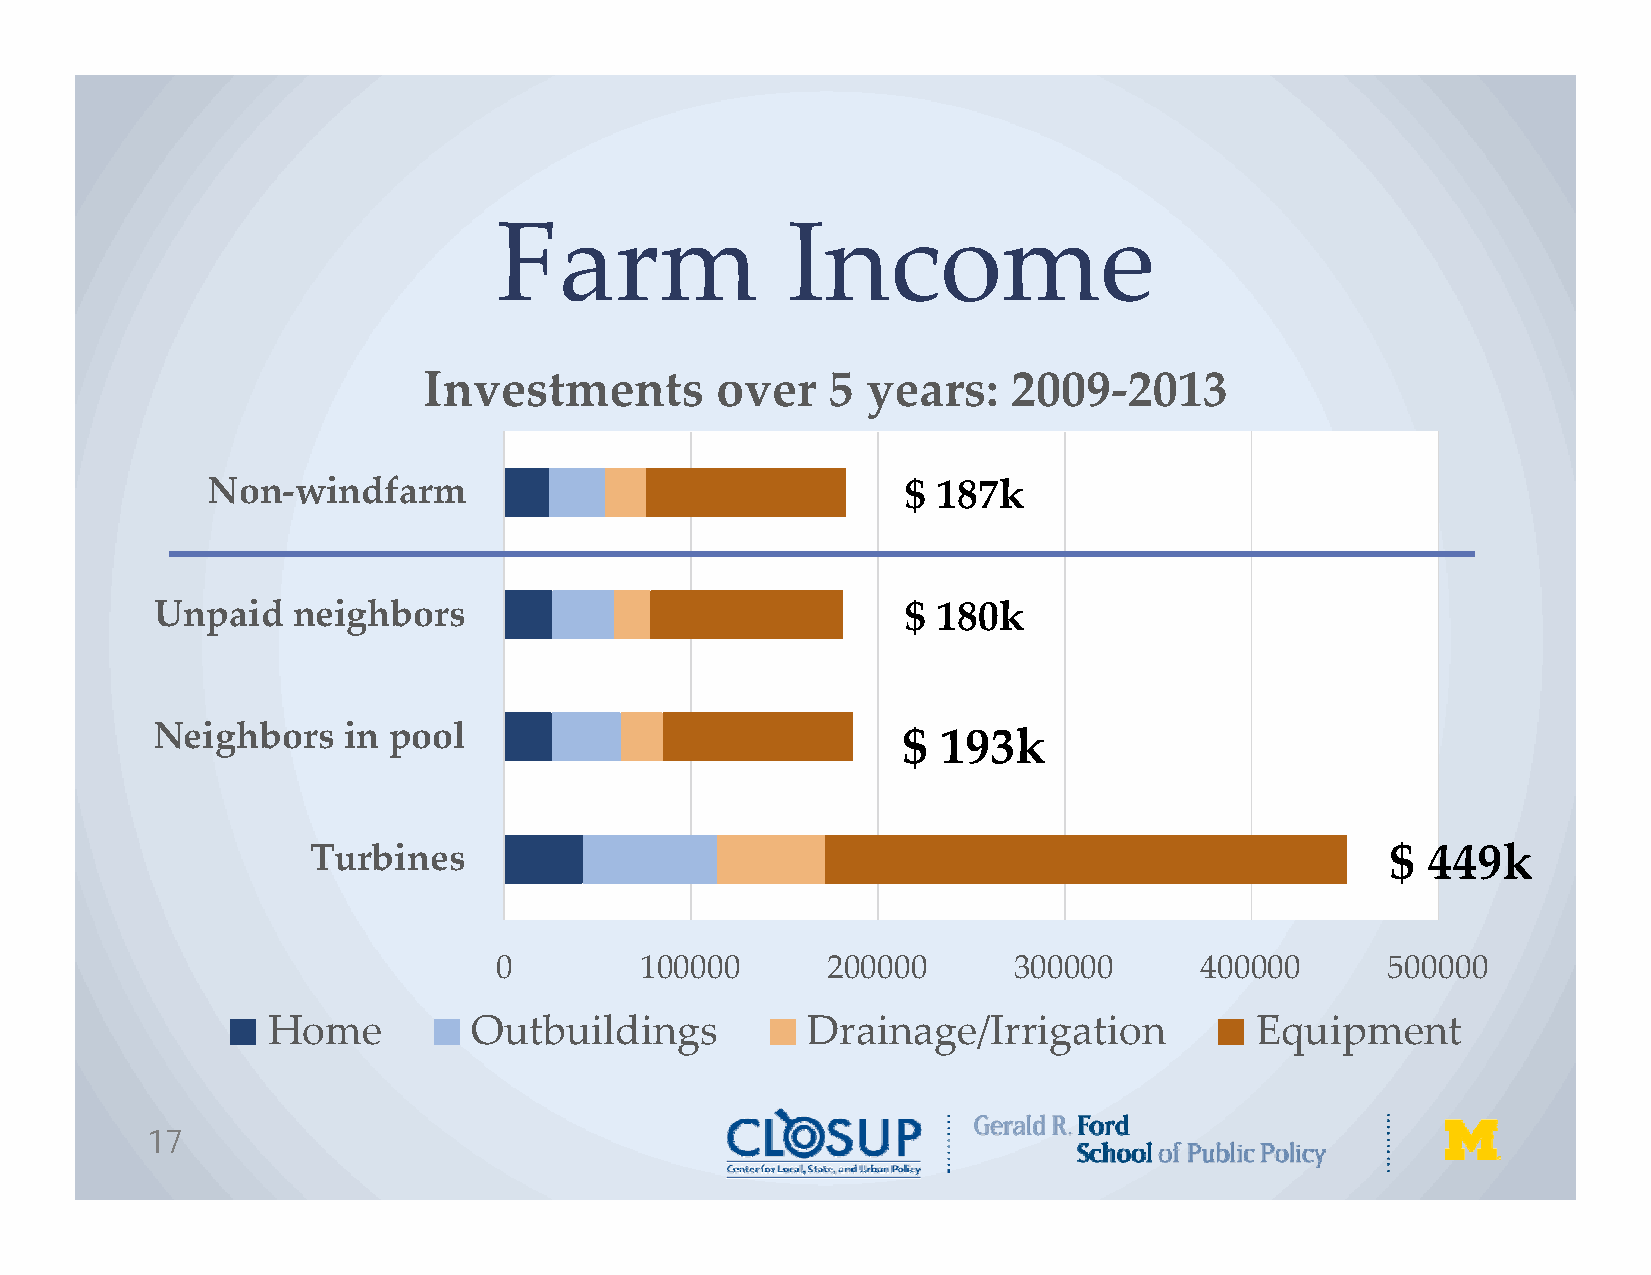
Farm               Income
 Investments        over    5 years:    2009‐2013
 Non‐windfarm                                  $ 187k
 Unpaid   neighbors                                $ 180k
 Neighbors    in pool
 $ 193k
 Turbines                                                                $ 449k
 0        100000       200000      300000      400000       500000
 Home         Outbuildings          Drainage/Irrigation           Equipment
 17